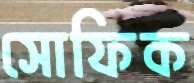
সোফিক